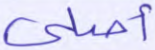
أصلي